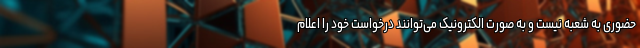
حضوری به شعبه نیست و به صورت الکترونیک می‌توانند درخواست خود را اعلام